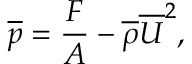
{ \overline { { p } } } = { \frac { F } { A } } - { { \overline { { \rho } } } { \overline { { U } } } ^ { 2 } } ,